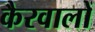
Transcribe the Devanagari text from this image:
कैरवालों